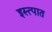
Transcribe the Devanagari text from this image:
इस्त्पात